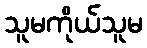
သူမကိုယ်သူမ